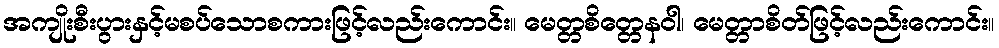
အကျိုးစီးပွားနှင့်မစပ်သောစကားဖြင့်လည်းကောင်း။ မေတ္တစိတ္တေနဝါ၊ မေတ္တာစိတ်ဖြင့်လည်းကောင်း။